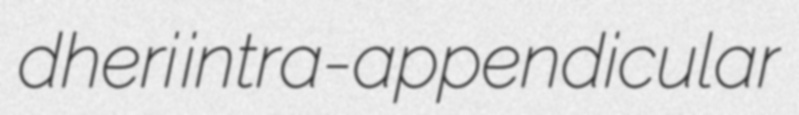
dheri intra-appendicular